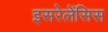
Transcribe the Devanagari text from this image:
इसरेलेंसिस